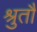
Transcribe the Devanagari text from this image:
श्रुतौ